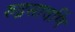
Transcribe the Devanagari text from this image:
रुद्रसावर्णि